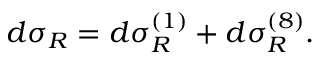
d \sigma _ { R } = d \sigma _ { R } ^ { ( 1 ) } + d \sigma _ { R } ^ { ( 8 ) } .